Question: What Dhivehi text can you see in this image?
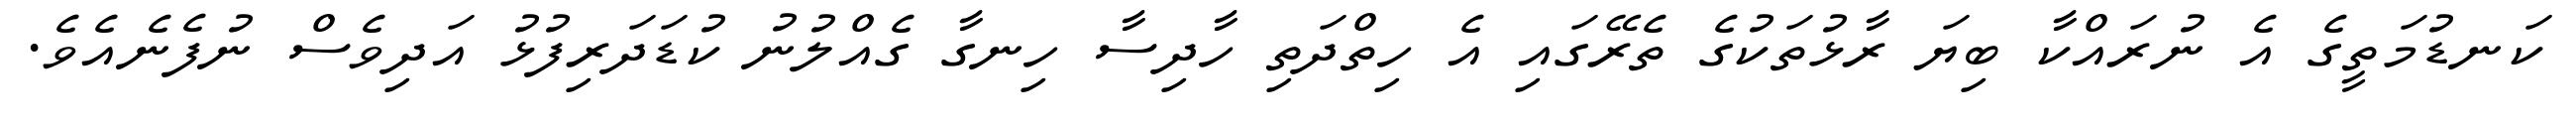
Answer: ކަނޑުމަތީގެ އެ ނުރައްކާ ބިޔަ ރާޅުތަކުގެ ތެރޭގައި އެ ހިތްދަތި ހާދިސާ ހިނގާ ގެއްލުނު ކުޑަދަރިފުޅު އަދިވެސް ނުފެނެއެވެ.